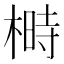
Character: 榯